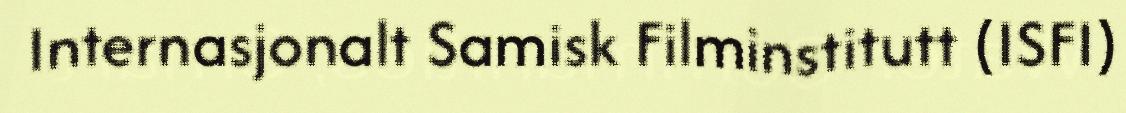
Internasjonalt Samisk Filminstitutt (ISFI)